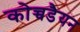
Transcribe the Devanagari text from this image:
कोच्चडैयन